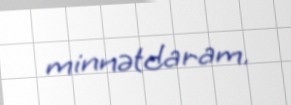
minnətdaram.